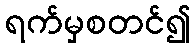
ရက်မှစတင်၍